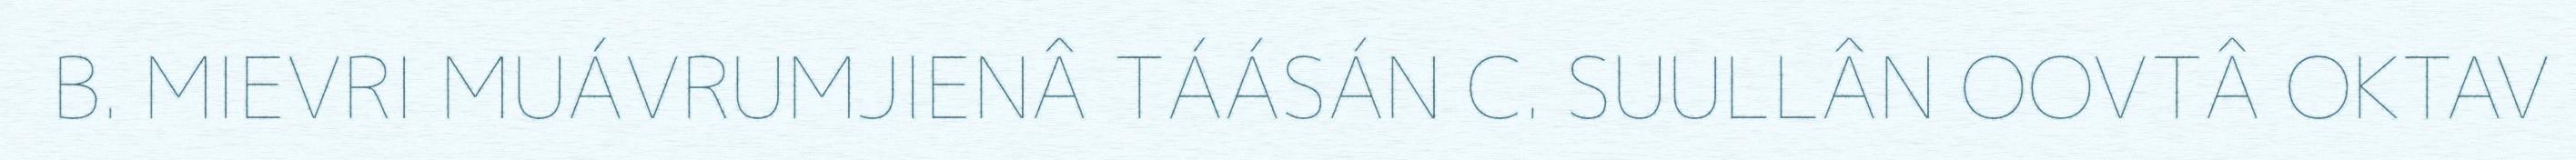
B. MIEVRI MUÁVRUMJIENÂ TÁÁSÁN C. SUULLÂN OOVTÂ OKTAV